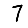
Digit: 7